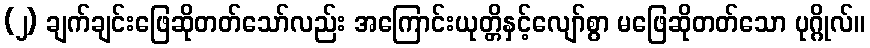
(၂) ချက်ချင်းဖြေဆိုတတ်သော်လည်း အကြောင်းယုတ္တိနှင့်လျော်စွာ မဖြေဆိုတတ်သော ပုဂ္ဂိုလ်။